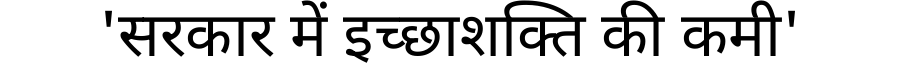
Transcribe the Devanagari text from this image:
'सरकार में इच्छाशक्ति की कमी'